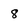
Character: 8